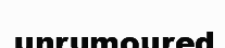
unrumoured